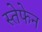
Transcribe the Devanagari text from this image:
स्तेफेन